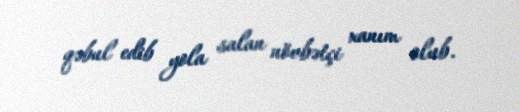
qəbul edib yola salan növbətçi xanım olub.